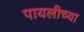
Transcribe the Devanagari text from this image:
पायलीच्या